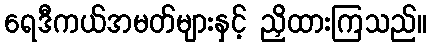
ရေဒီကယ်အမတ်များနှင့် ညှိထားကြသည်။